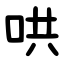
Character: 哄